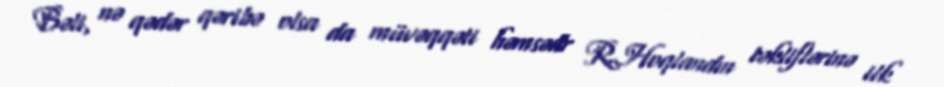
Bəli, nə qədər qəribə olsa da müvəqqəti həmsədr R.Hoqlandın təkliflərinə ilk